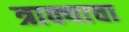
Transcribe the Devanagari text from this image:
त्राक्याचा